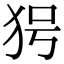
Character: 𤝐